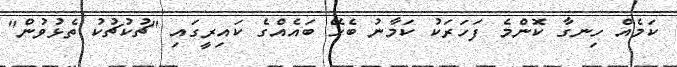
ކަމެއް ހިނގާ ކޮންމެ ފަހަރަކު ކަމާނު ބެހޭ ބައެއްގެ ކައިރީގައި "ޗުކުޗުކު ތެޅުވުން"